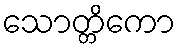
သောတ္တိကော